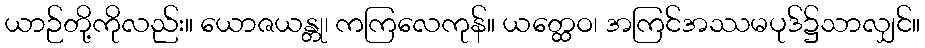
ယာဉ်တို့ကိုလည်း။ ယောဇယန္တု၊ ကကြလေကုန်။ ယတ္ထေဝ၊ အကြင်အဿမပုဒ်၌သာလျှင်။